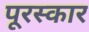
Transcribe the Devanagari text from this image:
पूरस्कार